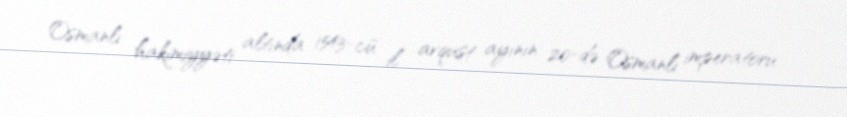
Osmanlı hakimiyyəti altında 1543-cü il avqust ayının 20-də Osmanlı imperatoru